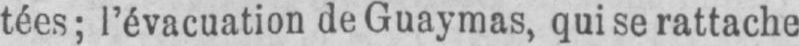
tées; l’évacuation de Guaymas, qui se rattache